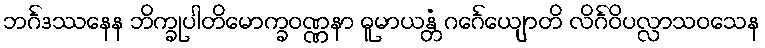
ဘင်္ဂဒဿနေန ဘိက္ခုပါတိမောက္ခဝဏ္ဏနာ ဓူမာယန္တံ ဂင်္ဂေယျောတိ လိင်္ဂဝိပလ္လာသဝသေန